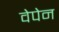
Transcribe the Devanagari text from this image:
वेपेन